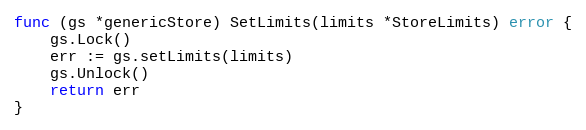
Language: Go
func (gs *genericStore) SetLimits(limits *StoreLimits) error {
	gs.Lock()
	err := gs.setLimits(limits)
	gs.Unlock()
	return err
}